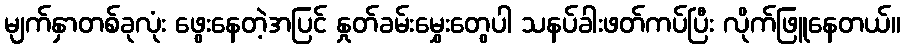
မျက်နှာတစ်ခုလုံး ဖွေးနေတဲ့အပြင် နှုတ်ခမ်းမွှေးတွေပါ သနပ်ခါးဖတ်ကပ်ပြီး လိုက်ဖြူနေတယ်။